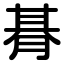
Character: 朞